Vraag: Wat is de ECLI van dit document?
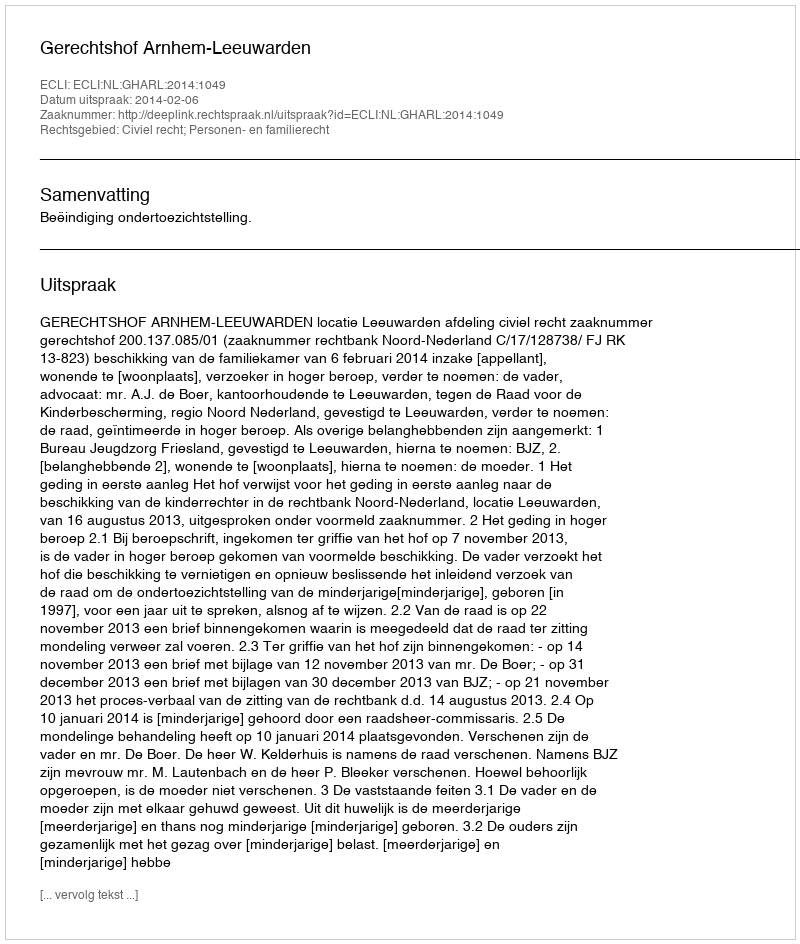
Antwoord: ECLI:NL:GHARL:2014:1049